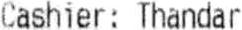
CASHIER: THANDAR